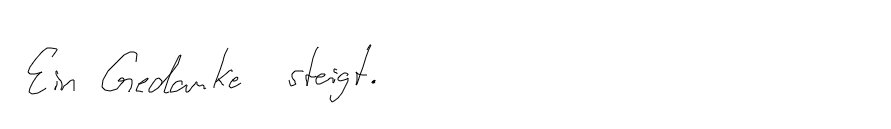
Ein Gedanke steigt.